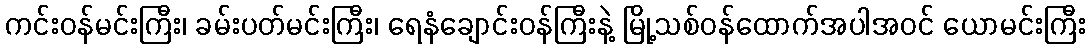
ကင်းဝန်မင်းကြီး၊ ခမ်းပတ်မင်းကြီး၊ ရေနံချောင်းဝန်ကြီးနဲ့ မြို့သစ်ဝန်ထောက်အပါအဝင် ယောမင်းကြီး